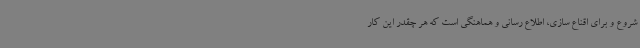
شروع و برای اقناع سازی، اطلاع رسانی و هماهنگی است که هر چقدر این کار